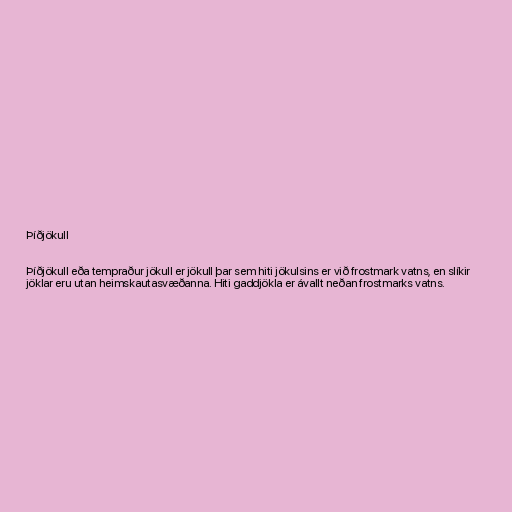
Þíðjökull

Þíðjökull eða tempraður jökull er jökull þar sem hiti jökulsins er við frostmark vatns, en slíkir
jöklar eru utan heimskautasvæðanna. Hiti gaddjökla er ávallt neðan frostmarks vatns.